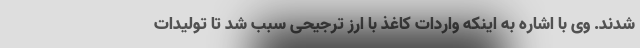
شدند. وی با اشاره به اینکه واردات کاغذ با ارز ترجیحی سبب شد تا تولیدات